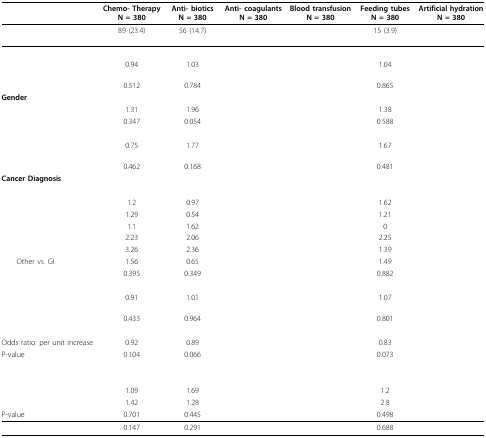
<table><thead><tr><td>[EMPTY_CELL]</td><td><b>Chemo- Therapy N = 380</b></td><td><b>Anti- biotics N = 380</b></td><td><b>Anti- coagulants N = 380</b></td><td><b>Blood transfusion N = 380</b></td><td><b>Feeding tubes N = 380</b></td><td><b>Artificial hydration N = 380</b></td></tr></thead><tbody><tr><td>[EMPTY_CELL]</td><td>89 (23.4)</td><td>56 (14.7)</td><td>[EMPTY_CELL]</td><td>[EMPTY_CELL]</td><td>15 (3.9)</td><td>[EMPTY_CELL]</td></tr><tr><td>[EMPTY_CELL]</td><td>[EMPTY_CELL]</td><td>[EMPTY_CELL]</td><td>[EMPTY_CELL]</td><td>[EMPTY_CELL]</td><td>[EMPTY_CELL]</td><td>[EMPTY_CELL]</td></tr><tr><td>[EMPTY_CELL]</td><td>0.94</td><td>1.03</td><td>[EMPTY_CELL]</td><td>[EMPTY_CELL]</td><td>1.04</td><td>[EMPTY_CELL]</td></tr><tr><td>[EMPTY_CELL]</td><td>0.512</td><td>0.784</td><td>[EMPTY_CELL]</td><td>[EMPTY_CELL]</td><td>0.865</td><td>[EMPTY_CELL]</td></tr><tr><td><b>Gender</b></td><td>[EMPTY_CELL]</td><td>[EMPTY_CELL]</td><td>[EMPTY_CELL]</td><td>[EMPTY_CELL]</td><td>[EMPTY_CELL]</td><td>[EMPTY_CELL]</td></tr><tr><td>[EMPTY_CELL]</td><td>1.31</td><td>1.96</td><td>[EMPTY_CELL]</td><td>[EMPTY_CELL]</td><td>1.38</td><td>[EMPTY_CELL]</td></tr><tr><td>[EMPTY_CELL]</td><td>0.347</td><td>0.054</td><td>[EMPTY_CELL]</td><td>[EMPTY_CELL]</td><td>0.588</td><td>[EMPTY_CELL]</td></tr><tr><td>[EMPTY_CELL]</td><td>[EMPTY_CELL]</td><td>[EMPTY_CELL]</td><td>[EMPTY_CELL]</td><td>[EMPTY_CELL]</td><td>[EMPTY_CELL]</td><td>[EMPTY_CELL]</td></tr><tr><td>[EMPTY_CELL]</td><td>0.75</td><td>1.77</td><td>[EMPTY_CELL]</td><td>[EMPTY_CELL]</td><td>1.67</td><td>[EMPTY_CELL]</td></tr><tr><td>[EMPTY_CELL]</td><td>0.462</td><td>0.168</td><td>[EMPTY_CELL]</td><td>[EMPTY_CELL]</td><td>0.481</td><td>[EMPTY_CELL]</td></tr><tr><td><b>Cancer Diagnosis</b></td><td>[EMPTY_CELL]</td><td>[EMPTY_CELL]</td><td>[EMPTY_CELL]</td><td>[EMPTY_CELL]</td><td>[EMPTY_CELL]</td><td>[EMPTY_CELL]</td></tr><tr><td>[EMPTY_CELL]</td><td>[EMPTY_CELL]</td><td>[EMPTY_CELL]</td><td>[EMPTY_CELL]</td><td>[EMPTY_CELL]</td><td>[EMPTY_CELL]</td><td>[EMPTY_CELL]</td></tr><tr><td>[EMPTY_CELL]</td><td>1.2</td><td>0.97</td><td>[EMPTY_CELL]</td><td>[EMPTY_CELL]</td><td>1.62</td><td>[EMPTY_CELL]</td></tr><tr><td>[EMPTY_CELL]</td><td>1.29</td><td>0.54</td><td>[EMPTY_CELL]</td><td>[EMPTY_CELL]</td><td>1.21</td><td>[EMPTY_CELL]</td></tr><tr><td>[EMPTY_CELL]</td><td>1.1</td><td>1.62</td><td>[EMPTY_CELL]</td><td>[EMPTY_CELL]</td><td>0</td><td>[EMPTY_CELL]</td></tr><tr><td>[EMPTY_CELL]</td><td>2.23</td><td>2.06</td><td>[EMPTY_CELL]</td><td>[EMPTY_CELL]</td><td>2.25</td><td>[EMPTY_CELL]</td></tr><tr><td>[EMPTY_CELL]</td><td>3.26</td><td>2.36</td><td>[EMPTY_CELL]</td><td>[EMPTY_CELL]</td><td>1.39</td><td>[EMPTY_CELL]</td></tr><tr><td> Other vs. GI</td><td>1.56</td><td>0.65</td><td>[EMPTY_CELL]</td><td>[EMPTY_CELL]</td><td>1.49</td><td>[EMPTY_CELL]</td></tr><tr><td>[EMPTY_CELL]</td><td>0.395</td><td>0.349</td><td>[EMPTY_CELL]</td><td>[EMPTY_CELL]</td><td>0.882</td><td>[EMPTY_CELL]</td></tr><tr><td>[EMPTY_CELL]</td><td>[EMPTY_CELL]</td><td>[EMPTY_CELL]</td><td>[EMPTY_CELL]</td><td>[EMPTY_CELL]</td><td>[EMPTY_CELL]</td><td>[EMPTY_CELL]</td></tr><tr><td>[EMPTY_CELL]</td><td>0.91</td><td>1.01</td><td>[EMPTY_CELL]</td><td>[EMPTY_CELL]</td><td>1.07</td><td>[EMPTY_CELL]</td></tr><tr><td>[EMPTY_CELL]</td><td>0.433</td><td>0.964</td><td>[EMPTY_CELL]</td><td>[EMPTY_CELL]</td><td>0.801</td><td>[EMPTY_CELL]</td></tr><tr><td>[EMPTY_CELL]</td><td>[EMPTY_CELL]</td><td>[EMPTY_CELL]</td><td>[EMPTY_CELL]</td><td>[EMPTY_CELL]</td><td>[EMPTY_CELL]</td><td>[EMPTY_CELL]</td></tr><tr><td>Odds ratio: per unit increase</td><td>0.92</td><td>0.89</td><td>[EMPTY_CELL]</td><td>[EMPTY_CELL]</td><td>0.83</td><td>[EMPTY_CELL]</td></tr><tr><td>P-value</td><td>0.104</td><td>0.066</td><td>[EMPTY_CELL]</td><td>[EMPTY_CELL]</td><td>0.073</td><td>[EMPTY_CELL]</td></tr><tr><td>[EMPTY_CELL]</td><td>[EMPTY_CELL]</td><td>[EMPTY_CELL]</td><td>[EMPTY_CELL]</td><td>[EMPTY_CELL]</td><td>[EMPTY_CELL]</td><td>[EMPTY_CELL]</td></tr><tr><td>[EMPTY_CELL]</td><td>[EMPTY_CELL]</td><td>[EMPTY_CELL]</td><td>[EMPTY_CELL]</td><td>[EMPTY_CELL]</td><td>[EMPTY_CELL]</td><td>[EMPTY_CELL]</td></tr><tr><td>[EMPTY_CELL]</td><td>1.09</td><td>1.69</td><td>[EMPTY_CELL]</td><td>[EMPTY_CELL]</td><td>1.2</td><td>[EMPTY_CELL]</td></tr><tr><td>[EMPTY_CELL]</td><td>1.42</td><td>1.28</td><td>[EMPTY_CELL]</td><td>[EMPTY_CELL]</td><td>2.8</td><td>[EMPTY_CELL]</td></tr><tr><td>P-value</td><td>0.701</td><td>0.445</td><td>[EMPTY_CELL]</td><td>[EMPTY_CELL]</td><td>0.498</td><td>[EMPTY_CELL]</td></tr><tr><td>[EMPTY_CELL]</td><td>0.147</td><td>0.291</td><td>[EMPTY_CELL]</td><td>[EMPTY_CELL]</td><td>0.688</td><td>[EMPTY_CELL]</td></tr></tbody></table>